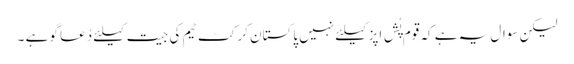
لیکن سوال یہ ہے کہ قوم پُش اَپز کیلئے نہیں پاکستان کرکٹ ٹیم کی جیت کیلئے دُعا گو ہے ۔